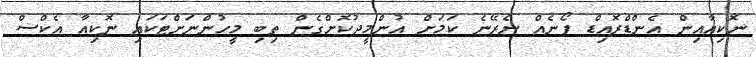
ނޮކިއާއިން އެންޑްރޮއިޑް ފޯނެއް ނެރޭނެ ކަމަށް އުންމީދުކޮށްގެން ތިބި މީހުންނަށްޓަކައި ނޮކިއާ އެކްސް